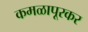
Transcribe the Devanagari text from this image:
कमळापूरकर